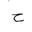
Letter: _ha